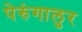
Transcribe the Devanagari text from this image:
पेरुंगालुर